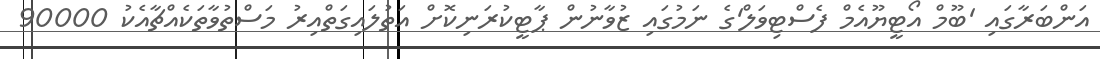
އަންބަރާގައި 'ބޫމް އޯޓީޔޫއެމް ފެސްޓިވަލް'ގެ ނަމުގައި ޒުވާނުން ޕާޓީކުރަނިކޮށް އަތުލައިގަތްއިރު މަސްތުވާތަކެއްޗާއެކު 90000